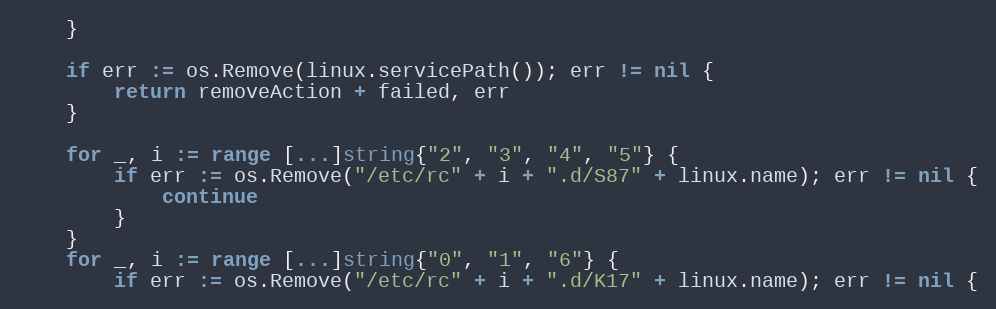
Language: Go
	}

	if err := os.Remove(linux.servicePath()); err != nil {
		return removeAction + failed, err
	}

	for _, i := range [...]string{"2", "3", "4", "5"} {
		if err := os.Remove("/etc/rc" + i + ".d/S87" + linux.name); err != nil {
			continue
		}
	}
	for _, i := range [...]string{"0", "1", "6"} {
		if err := os.Remove("/etc/rc" + i + ".d/K17" + linux.name); err != nil {